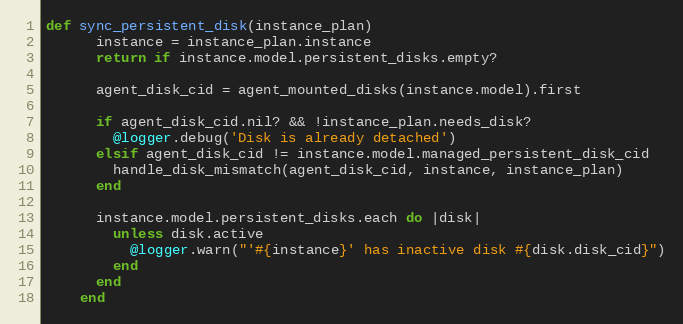
Language: Ruby
def sync_persistent_disk(instance_plan)
      instance = instance_plan.instance
      return if instance.model.persistent_disks.empty?

      agent_disk_cid = agent_mounted_disks(instance.model).first

      if agent_disk_cid.nil? && !instance_plan.needs_disk?
        @logger.debug('Disk is already detached')
      elsif agent_disk_cid != instance.model.managed_persistent_disk_cid
        handle_disk_mismatch(agent_disk_cid, instance, instance_plan)
      end

      instance.model.persistent_disks.each do |disk|
        unless disk.active
          @logger.warn("'#{instance}' has inactive disk #{disk.disk_cid}")
        end
      end
    end